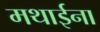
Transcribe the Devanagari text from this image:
मथाईना